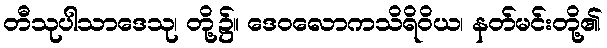
တီသုပါသာဒေသု၊ တို့၌။ ဒေဝလောကသိရိဝိယ၊ နတ်မင်းတို့၏